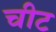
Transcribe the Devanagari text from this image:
चीट